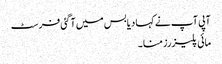
آپی آپ نے کہا دیا بس میں آگئی فرسٹ
مائی پلیزرز منا ۔